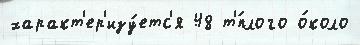
характ'ер'изу́етс'я 48 т'́плого о́коло